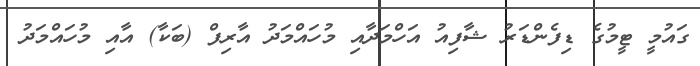
ގައުމީ ޓީމުގެ ޑިފެންޑަރު ޝާފިއު އަހްމަދާއި މުހައްމަދު އާރިފް (ބަކާ) އާއި މުހައްމަދު